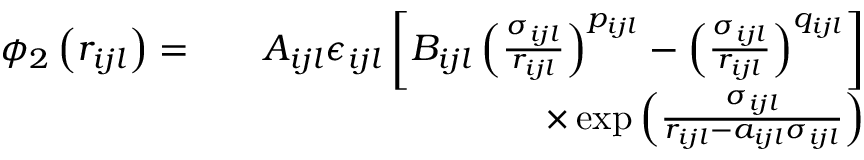
\begin{array} { r l r } { \phi _ { 2 } \left( r _ { i j l } \right) = } & { } & { A _ { i j l } \epsilon _ { i j l } \left[ B _ { i j l } \left( \frac { \sigma _ { i j l } } { r _ { i j l } } \right) ^ { p _ { i j l } } - \left( \frac { \sigma _ { i j l } } { r _ { i j l } } \right) ^ { q _ { i j l } } \right] } \\ & { } & { \times \exp \left( \frac { \sigma _ { i j l } } { r _ { i j l } - a _ { i j l } \sigma _ { i j l } } \right) } \end{array}